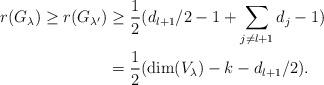
LaTeX: \begin{align*} r(G_{\lambda}) \geq r(G_{\lambda'}) & \geq \frac{1}{2}( d_{l+1}/2 -1 + \sum_{j \neq l+1} d_j -1) \\ & = \frac{1}{2}(\dim(V_{\lambda}) - k - d_{l+1}/2).\end{align*}